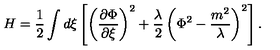
H = \frac { 1 } { 2 } \int d \xi \left[ \left( \frac { \partial \Phi } { \partial \xi } \right) ^ { 2 } + \frac { \lambda } { 2 } \left( \Phi ^ { 2 } - \frac { m ^ { 2 } } { \lambda } \right) ^ { 2 } \right] .